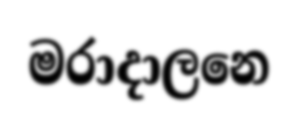
මරාදාලනෙ